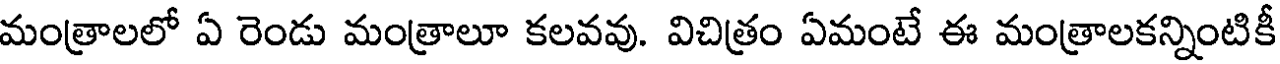
మంత్రాలలో ఏ రెండు మంత్రాలూ కలవవు. విచిత్రం ఏమంటే ఈ మంత్రాలకన్నింటికీ